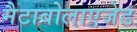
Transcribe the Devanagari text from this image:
मैटाबोलाएजेड